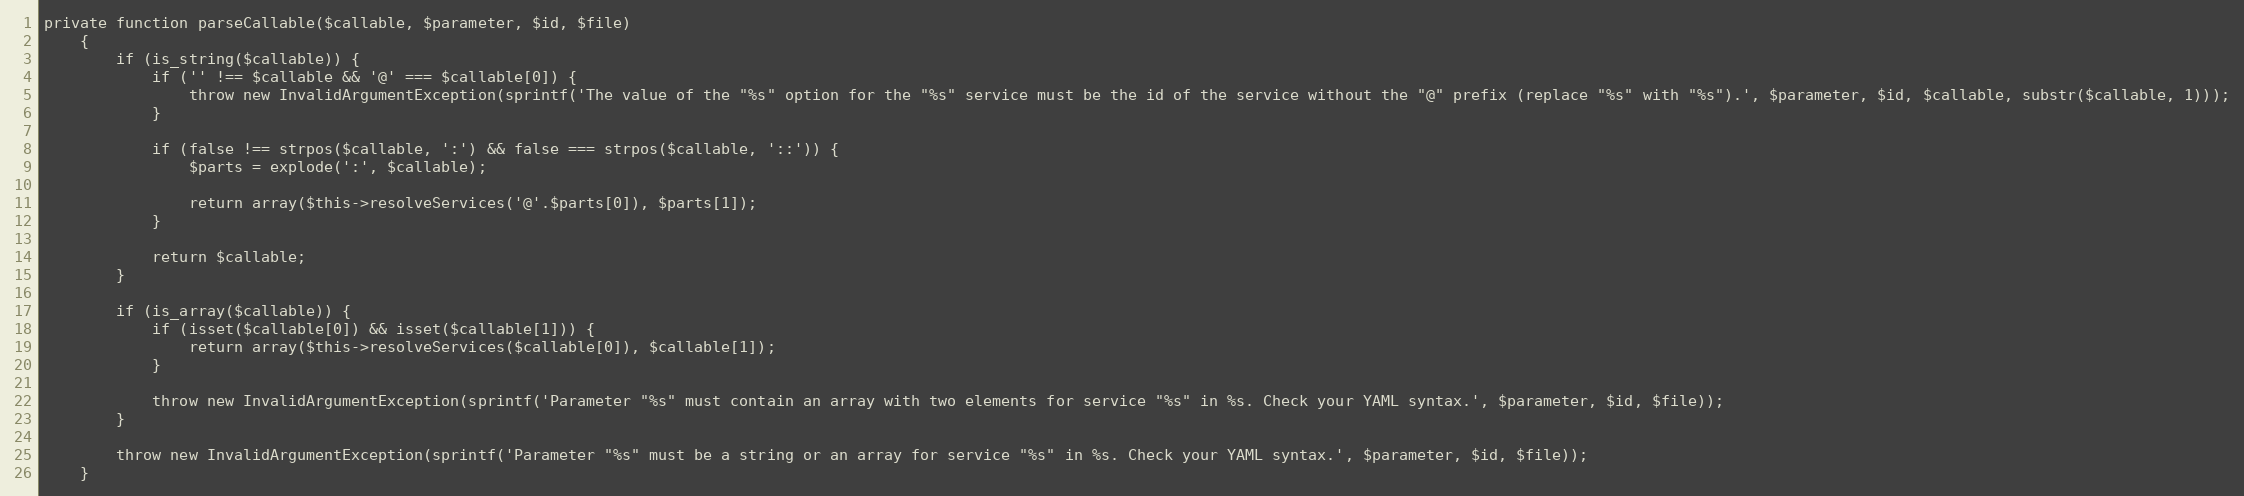
Language: PHP
private function parseCallable($callable, $parameter, $id, $file)
    {
        if (is_string($callable)) {
            if ('' !== $callable && '@' === $callable[0]) {
                throw new InvalidArgumentException(sprintf('The value of the "%s" option for the "%s" service must be the id of the service without the "@" prefix (replace "%s" with "%s").', $parameter, $id, $callable, substr($callable, 1)));
            }

            if (false !== strpos($callable, ':') && false === strpos($callable, '::')) {
                $parts = explode(':', $callable);

                return array($this->resolveServices('@'.$parts[0]), $parts[1]);
            }

            return $callable;
        }

        if (is_array($callable)) {
            if (isset($callable[0]) && isset($callable[1])) {
                return array($this->resolveServices($callable[0]), $callable[1]);
            }

            throw new InvalidArgumentException(sprintf('Parameter "%s" must contain an array with two elements for service "%s" in %s. Check your YAML syntax.', $parameter, $id, $file));
        }

        throw new InvalidArgumentException(sprintf('Parameter "%s" must be a string or an array for service "%s" in %s. Check your YAML syntax.', $parameter, $id, $file));
    }